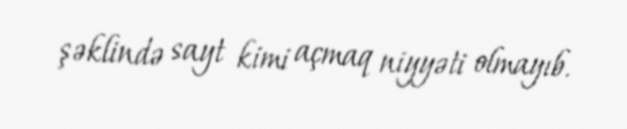
şəklində sayt kimi açmaq niyyəti olmayıb.